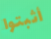
أثبتوا